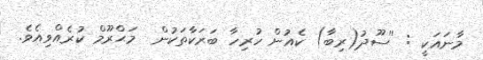
މާނައަކީ : ''ސޫދު(ރިބާ) ކެއުން ހުރިހާ ބަރަކާތަކުން  މަޙްރޫމް ކުރެއްވިއެވެ.